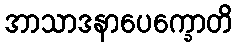
အာသာဒနာပေက္ခောတိ